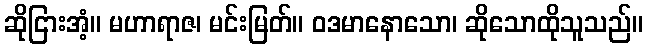
ဆိုငြားအံ့။ မဟာရာဇ၊ မင်းမြတ်။ ဝဒမာနောသော၊ ဆိုသောထိုသူသည်။